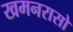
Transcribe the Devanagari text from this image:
खमनरासो